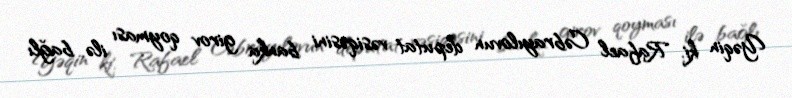
Yəqin ki, Rafael Cəbrayılovun deputat vəsiqəsini banka girov qoyması ilə bağlı